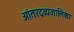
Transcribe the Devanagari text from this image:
आंतरद्रव्यजालिका